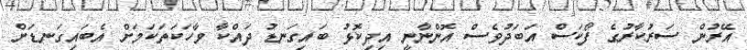
އޭރުން ސަރުކާރުގެ ފޯކަސް އަބަދުވެސް އޮންނާނީ އިދިކޮޅު ބައިގަނޑު ދައްކާ ވާހަކަތަކަމަށް އެބައިގަނޑަށް